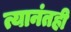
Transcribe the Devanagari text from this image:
त्यानंतही